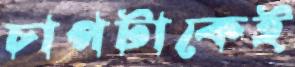
চাপটাকেই